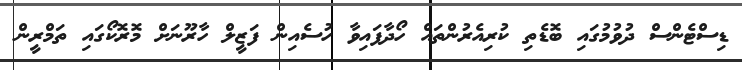
ޑިސްޓެންސް ދުވުމުގައި ބޮޑެތި ކުރިއެރުންތައް ހޯދާފައިވާ ހުސެއިން ފަޒީލް ހާރޫނަށް މޮރޮކޯގައި ތަމްރީން